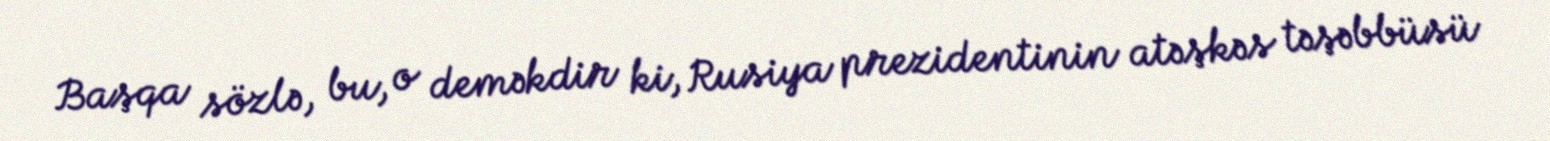
Başqa sözlə, bu, o deməkdir ki, Rusiya prezidentinin atəşkəs təşəbbüsü